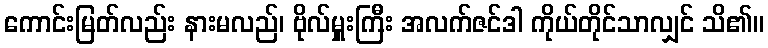
ကောင်းမြတ်လည်း နားမလည်၊ ဗိုလ်မှူးကြီး အလက်ဇင်ဒါ ကိုယ်တိုင်သာလျှင် သိ၏။